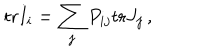
\mathrm { t r } I _ { i } = \sum _ { j } P _ { i j } \mathrm { t r } J _ { j } \, ,